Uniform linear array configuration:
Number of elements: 16
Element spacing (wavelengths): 1
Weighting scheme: kaiser
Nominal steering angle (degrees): -15
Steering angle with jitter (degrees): -14.055
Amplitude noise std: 0.05
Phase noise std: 0.05

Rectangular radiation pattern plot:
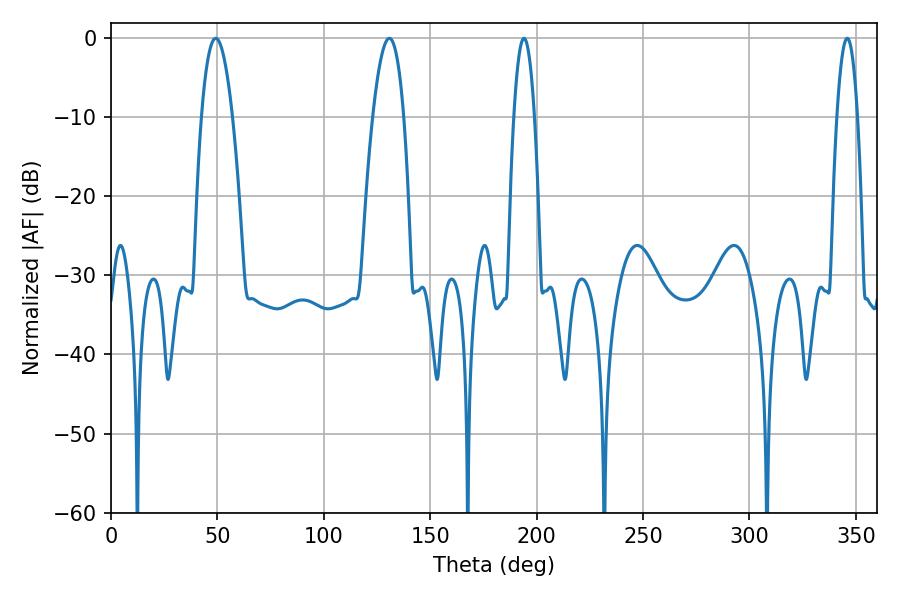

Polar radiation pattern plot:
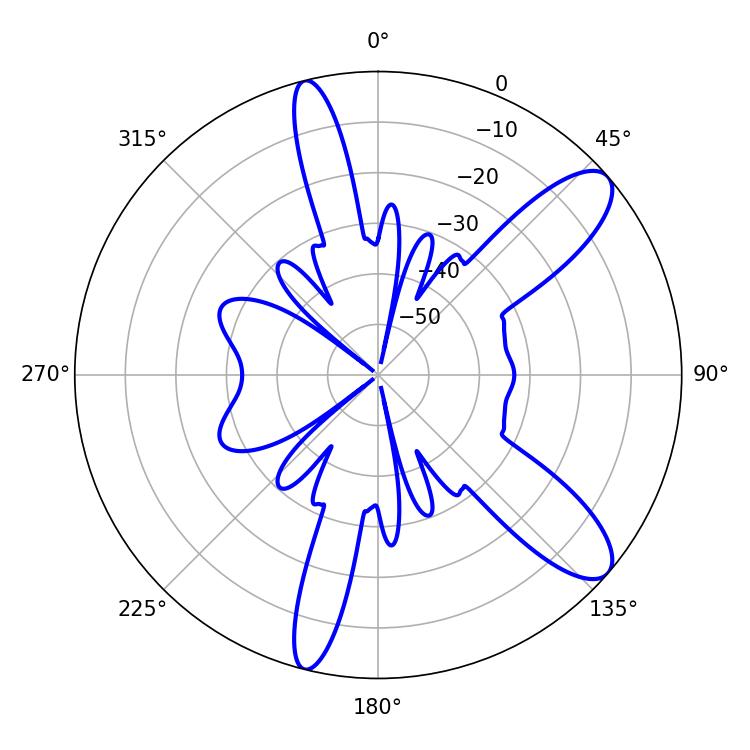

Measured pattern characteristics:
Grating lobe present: TRUE
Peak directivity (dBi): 10.475
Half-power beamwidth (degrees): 5.4
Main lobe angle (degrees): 194.04